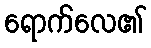
ရောက်လေ၏